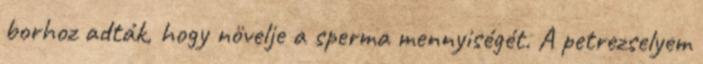
borhoz adták, hogy növelje a sperma mennyiségét. A petrezselyem